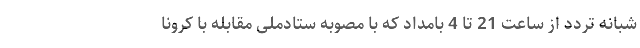
شبانه تردد از ساعت 21 تا 4 بامداد که با مصوبه ستادملی مقابله با کرونا